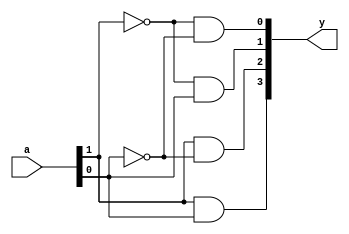
module decoder2to4 (input [1:0] a, output [3:0] y);

reg [3:0] y;

always @ (a)
begin
    y[0] = !a[1] & !a[0];
    y[1] = !a[1] & a[0];
    y[2] = a[1] & !a[0];
    y[3] = a[1] & a[0];
end
        
        
endmodule